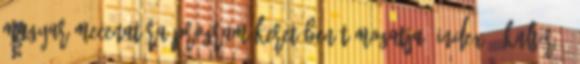
Magyar Mecenatúra Program keretében támogatja. Index - Kultúr -